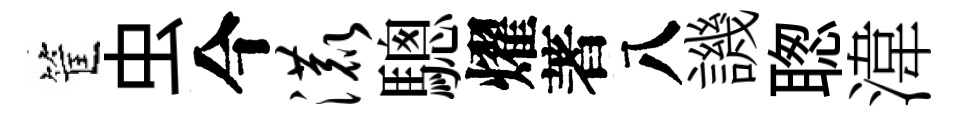
筐虫今漉驄燿著八譏聦湋